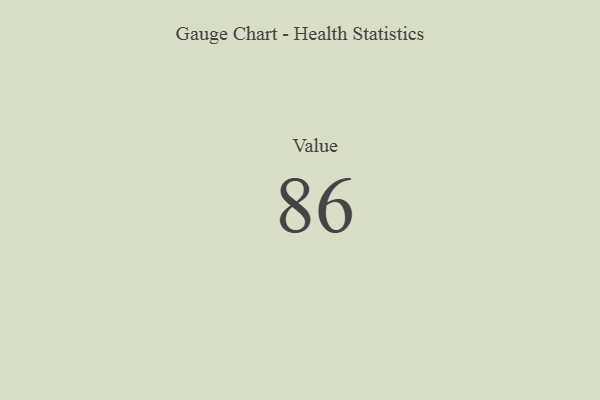
{"axis": {"x": "Metric", "y": "Value"}, "legend": [""], "data": [{"x": "Value", "y": 86, "type": ""}]}